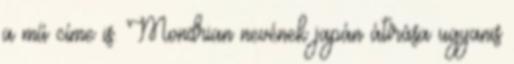
a mű címe is. Mondrian nevének japán átírása ugyanis